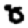
Digit: 8